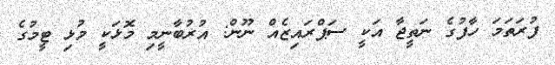
ފުރަތަމަ ހާފުގެ ނަތީޖާ އަކީ ސަޕްރައިޒެއް ނޫން: އުރުބާނީމި މޮޅަކީ މުޅި ޓީމުގެ